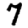
Digit: 7